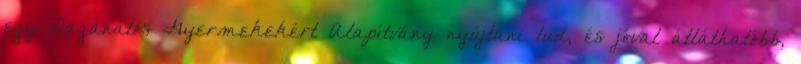
egy Daganatos Gyermekekért Alapítvány nyújtani tud, és jóval átláthatóbb,